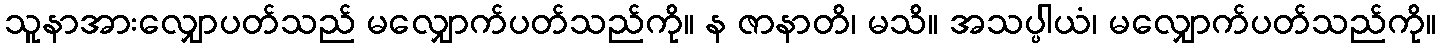
သူနာအားလျှောပတ်သည် မလျှောက်ပတ်သည်ကို။ န ဇာနာတိ၊ မသိ။ အသပ္ပါယံ၊ မလျှောက်ပတ်သည်ကို။